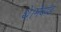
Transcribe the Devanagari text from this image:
थे।मेवाड